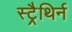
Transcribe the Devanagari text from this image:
स्ट्रैथिर्न